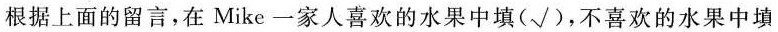
根据上面的留言,在 Mike 一家人喜欢的水果中填(√),不喜欢的水果中填